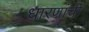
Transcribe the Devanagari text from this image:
धारणांची